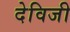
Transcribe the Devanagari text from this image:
देविजी